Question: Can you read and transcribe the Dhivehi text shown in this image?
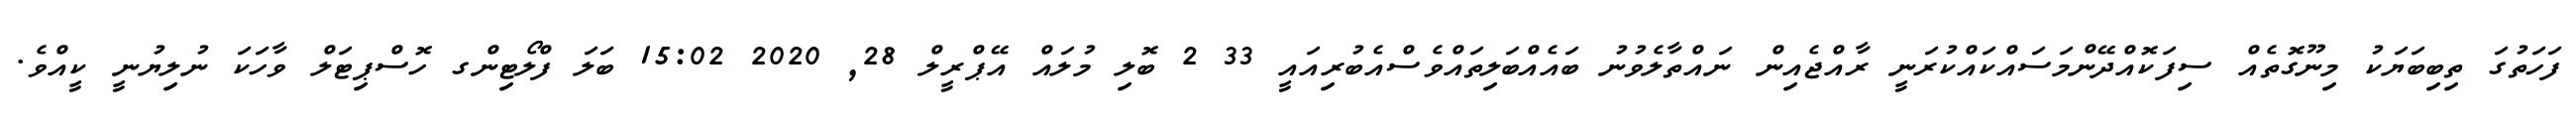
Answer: ފަހަތުގަ ތިބިބަޔަކު މިނޫގޮތެއް ސިފަކޮއްދޭންމަސައްކައްކުރަނީ ރާއްޖެއިން ނައްތާލެވުނު ބައެއްބަލިތައްވެސްއެބުރިއައީ 33 2 ބޮލި މުލައް އޭޕްރީލް 28, 2020 15:02 ބަލަ ފްލޯޓިންގ ހޮސްޕިޓަލް ވާހަކަ ނުލިޔުނީ ކީއްވެ.